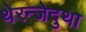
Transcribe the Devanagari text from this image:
थेरन्जेदुथा